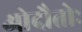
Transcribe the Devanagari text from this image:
ओदौतोः